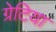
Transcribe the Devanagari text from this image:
ग्रेटिया